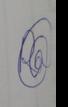
Signature authenticity: genuine